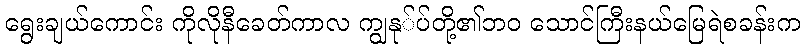
ရွေးချယ်ကောင်း ကိုလိုနီခေတ်ကာလ ကျွနု်ပ်တို့၏ဘ၀ သောင်ကြီးနယ်မြေရဲစခန်းက